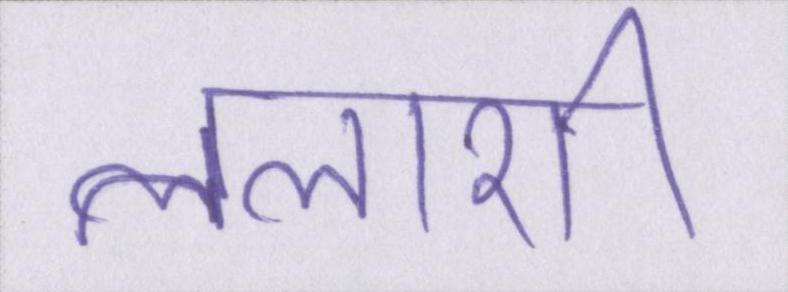
तलाशी